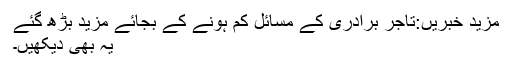
مزید خبریں:تاجر برادری کے مسائل کم ہونے کے بجائے مزید بڑھ گئے
یہ بھی دیکھیں۔